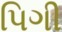
પિગી